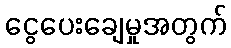
ငွေပေးချေမှုအတွက်